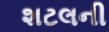
શટલની